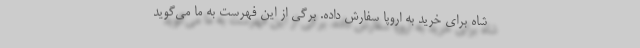
شاه برای خرید به اروپا سفارش داده. برگی از این فهرست به ما می‌گوید